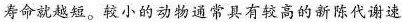
寿命就越短。较小的动物通常具有较高的新陈代谢速